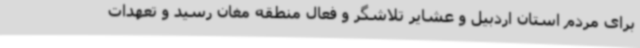
برای مردم استان اردبیل و عشایر تلاشگر و فعال منطقه مغان رسید و تعهدات